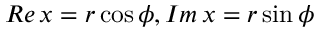
R e \, x = r \cos \phi , I m \, x = r \sin \phi